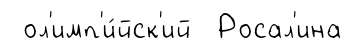
ол'имп'и́йск'ий Росал'ина